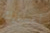
أعصابك